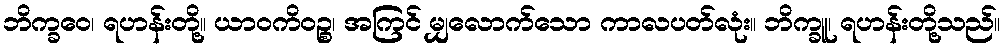
ဘိက္ခဝေ၊ ရဟန်းတို့။ ယာဝကိဝဉ္စ၊ အကြင် မျှလောက်သော ကာလပတ်လုံး။ ဘိက္ခူ၊ ရဟန်းတို့သည်။